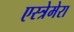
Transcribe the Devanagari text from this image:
एस्त्रेमेरा